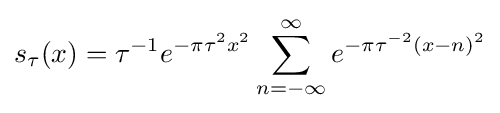
s_{\tau }(x)=\tau ^{-1}e^{-\pi \tau ^{2}x^{2}}\sum _{n=-\infty }^{\infty }e^{-\pi \tau ^{-2}(x-n)^{2}}